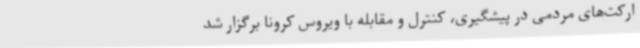
ارکت‌های مردمی در پیشگیری، کنترل و مقابله با ویروس کرونا برگزار شد